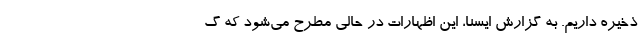
ذخیره داریم. به گزارش ایسنا، این اظهارات در حالی مطرح می‌شود که گ